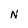
Character: N